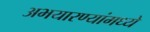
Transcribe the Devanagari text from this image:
अभयारण्यांमध्ये